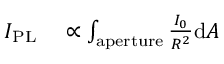
\begin{array} { r l } { I _ { \mathrm { P L } } } & { { } \propto \int _ { \mathrm { a p e r t u r e } } \frac { I _ { 0 } } { R ^ { 2 } } \mathrm { d } A } \end{array}